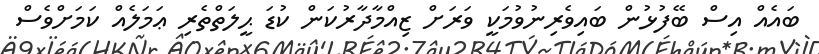
ބައެއް އިސް ބޭފުޅުން ބައިވެރިނުވުމަކީ ވަރަށް ޒިއްމާދާރުކަން ކުޑަ ޙީލަތްތެރި ޢަމަލެއް ކަމަށްވެސް